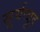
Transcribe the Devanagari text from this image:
सूर्यव्यूह